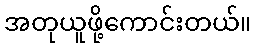
အတုယူဖို့ကောင်းတယ်။